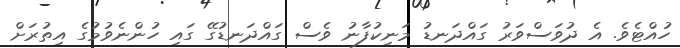
ހުއްޓެވެ. އެ ދުވަސްވަރު ގައްދަނޑު މަނިކުފާނު ވެސް ގައްދަނޑުގޭ ގައި ހުންނެވުމުގެ އިތުރަށް